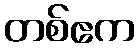
တစ်ဧက